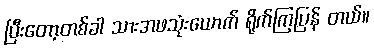
ပြီးတော့တစ်ခါ သားအဖသုံးယောက် ရိုက်ကြပြန် တယ်။